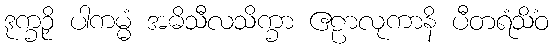
ဒုက္ခဉှိ ပါကမ္မံ အဓိသီလသိက္ခာ ဧဠာလုကာနိ ပီတရံသိံဝ